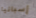
إسبانيا